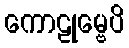
ကောဠုမ္ဗေပိ